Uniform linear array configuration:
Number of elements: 64
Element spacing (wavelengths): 1
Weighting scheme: hann
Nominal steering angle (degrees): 45
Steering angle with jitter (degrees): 46.702
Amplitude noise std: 0.05
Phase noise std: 0.05

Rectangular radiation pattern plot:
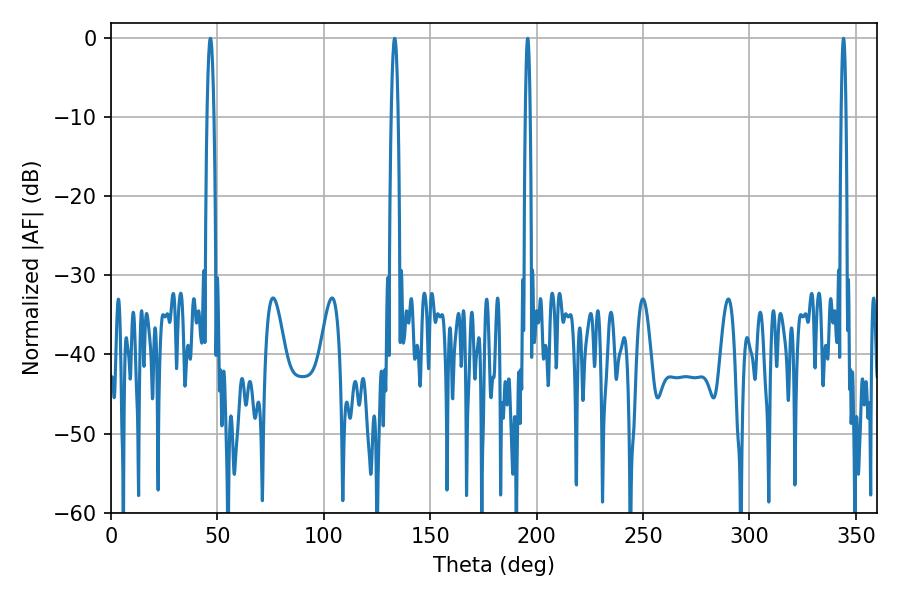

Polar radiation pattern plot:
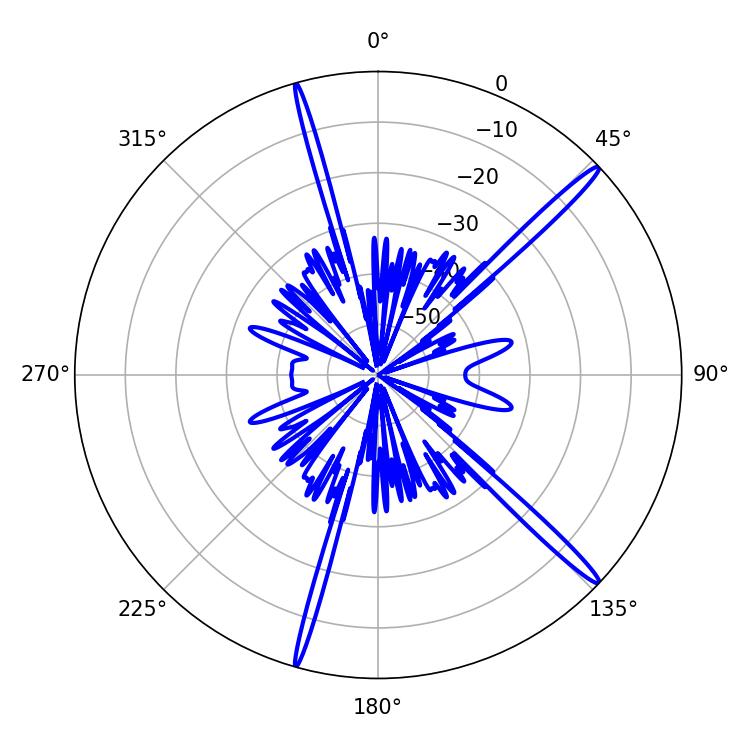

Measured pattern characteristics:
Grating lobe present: TRUE
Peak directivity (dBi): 17.33
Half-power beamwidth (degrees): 1.26
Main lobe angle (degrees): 344.16